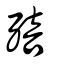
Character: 殕